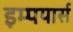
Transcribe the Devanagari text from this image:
इम्पयार्स